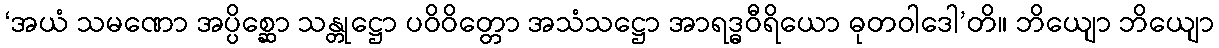
‘အယံ သမဏော အပ္ပိစ္ဆော သန္တုဋ္ဌော ပဝိဝိတ္တော အသံသဋ္ဌော အာရဒ္ဓဝီရိယော ဓုတဝါဒေါ’တိ။ ဘိယျော ဘိယျော